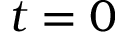
t = 0